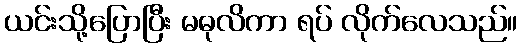
ယင်းသို့ပြောပြီး မဓုလိကာ ရပ် လိုက်လေသည်။